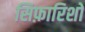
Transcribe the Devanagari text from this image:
सिफ़ारिशो